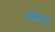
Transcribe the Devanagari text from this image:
बेयरच्या